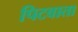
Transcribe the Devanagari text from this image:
पिटवाता